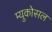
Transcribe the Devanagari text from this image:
म्युकोसल